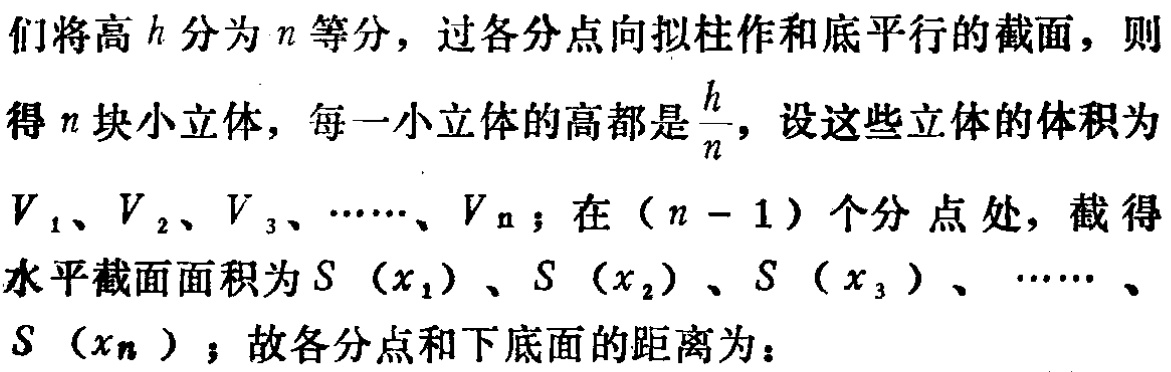
们将高\(h\)分为\(n\)等分，过各分点向拟柱作和底平行的截面，则得\(n\)块小立体，每一小立体的高都是\(\frac{h}{n}\)，设这些立体的体积为\(V_{1}、V_{2}、V_{3}、\cdots\cdots、V_{n}\)；在\((n - 1)\)个分点处，截得水平截面面积为\(S(x_{1})、S(x_{2})、S(x_{3})、\cdots\cdots、S(x_{n})\)；故各分点和下底面的距离为：